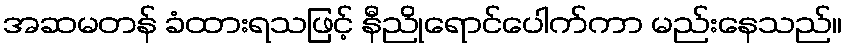
အဆမတန် ခံထားရသဖြင့် နီညိုရောင်ပေါက်ကာ မည်းနေသည်။